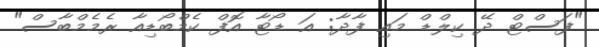
"ފަސްޓް ދޭ ކިލްޑް މައި ފާދާ: އަ ޑޯޓާ އޮފް ކެމްބޯޑިއާ ރެމެމްބާސް"